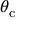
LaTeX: \theta _ { \mathrm { c } }